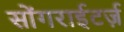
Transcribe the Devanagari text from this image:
सोंगराईटर्ज़